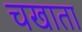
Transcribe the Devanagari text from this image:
चखाता